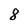
Character: 8